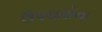
ઉપચારોના